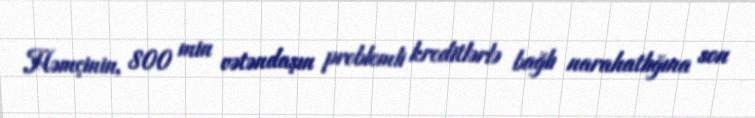
Həmçinin, 800 min vətəndaşın problemli kreditlərlə bağlı narahatlığına son